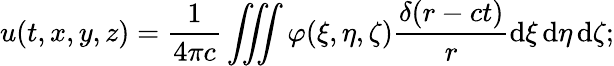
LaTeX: u(t,x,y,z)={\frac{1}{4\pi c}}\iiint\varphi(\xi,\eta,\zeta){\frac{\delta(r-ct)}{r}}\mathrm{d}\xi\, \mathrm{d}\eta\, \mathrm{d}\zeta;